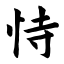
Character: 恃